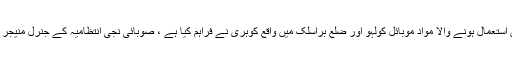
اس بات کا اظہار کرتے ہوئے کہ انفراسٹرکچر اور سڑک کے توسیع کے کاموں میں استعمال ہونے والا مواد موبائل کولہو اور ضلع براسلک میں واقع کوہری نے فراہم کیا ہے ، صوبائی نجی انتظامیہ کے جنرل منیجر مہمت اوزون نے گورنر فوٹ گیرل کو ان کاموں کے بارے میں معلومات فراہم کیں۔